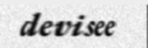
devisee